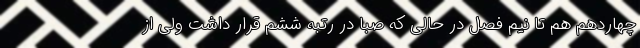
چهاردهم هم تا نیم فصل در حالی که صبا در رتبه ششم قرار داشت ولی از